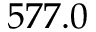
5 7 7 . 0